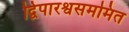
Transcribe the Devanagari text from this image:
द्विपारश्वसममित